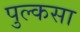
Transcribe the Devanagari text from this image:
पुल्कसा